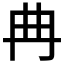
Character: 𱏺